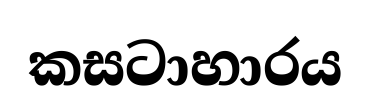
කසටාහාරය